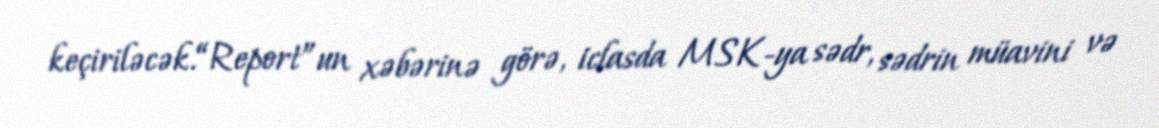
keçiriləcək.“Report”un xəbərinə görə, iclasda MSK-ya sədr, sədrin müavini və